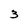
Character: 3